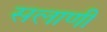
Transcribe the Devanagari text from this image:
सलाणी